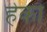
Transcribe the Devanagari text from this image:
हेको